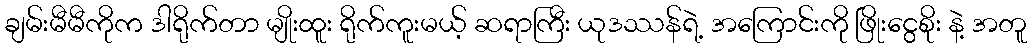
ချမ်းမီမီကိုက ဒါရိုက်တာ မျိုးထူး ရိုက်ကူးမယ့် ဆရာကြီး ယုဒဿန်ရဲ့ အကြောင်းကို ဖြိုးငွေစိုး နဲ့ အတူ